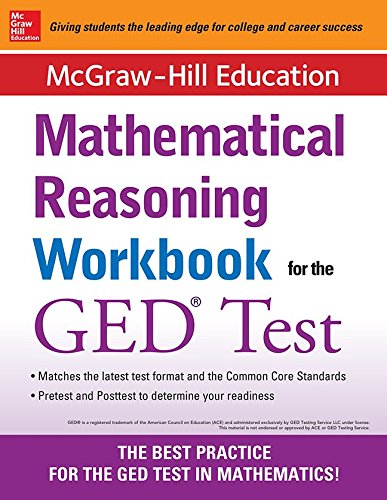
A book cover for McGraw-Hill Education Mathematical Reasoning Workbook for the GED Test; McGraw-Hill Education; Test Preparation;